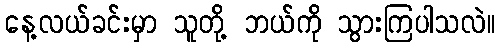
နေ့လယ်ခင်းမှာ သူတို့ ဘယ်ကို သွားကြပါသလဲ။